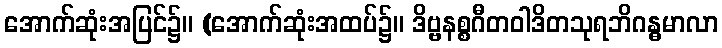
အောက်ဆုံးအပြင်၌။ (အောက်ဆုံးအထပ်၌။ ဒိဗ္ဗနစ္စဂီတဝါဒိတသုရဘိဂန္ဓမာလာ